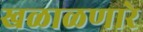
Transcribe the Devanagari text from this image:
खळाळणारे